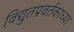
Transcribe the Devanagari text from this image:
विद्युतप्रवर्तकाच्या